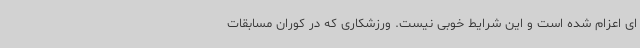
ای اعزام شده است و این شرایط خوبی نیست. ورزشکاری که در کوران مسابقات